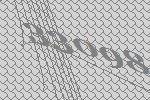
33098